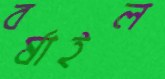
বর্ষাইল